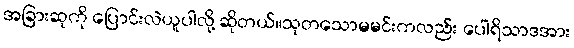
အခြားဆုကို ပြောင်းလဲယူပါလို့ ဆိုတယ်။သုတသောမမင်းကလည်း ပေါရိသာဒအား